Document type: Grant of rights
Year: 1326
Scribe: Bernat de Vilarúbia
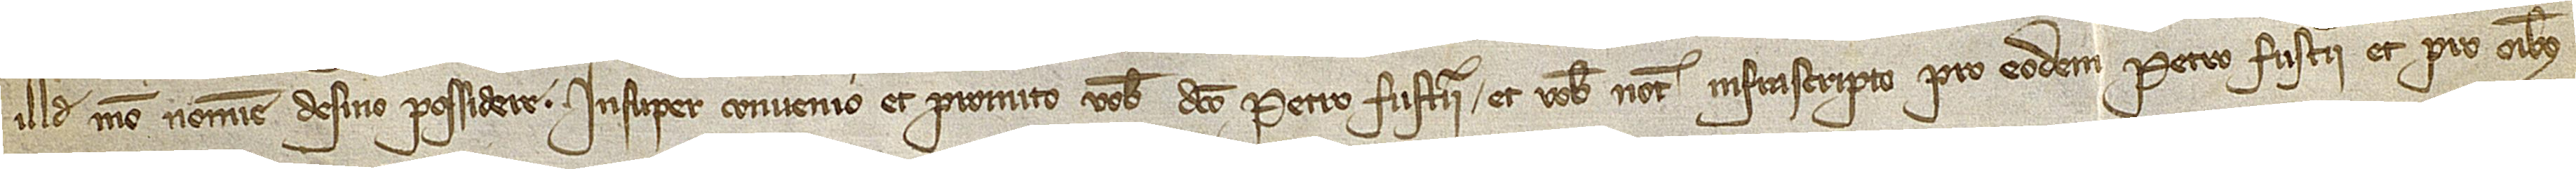
illud meo nomine desino possidere. Insuper convenio et promito vobis dicto Petro Fusterii et vobis notario infrascripti pro eodem Petro Fusterii et pro omnibus